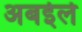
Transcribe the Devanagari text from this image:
अबईले